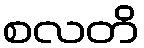
စလတိ